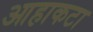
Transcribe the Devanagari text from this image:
आहाकटा